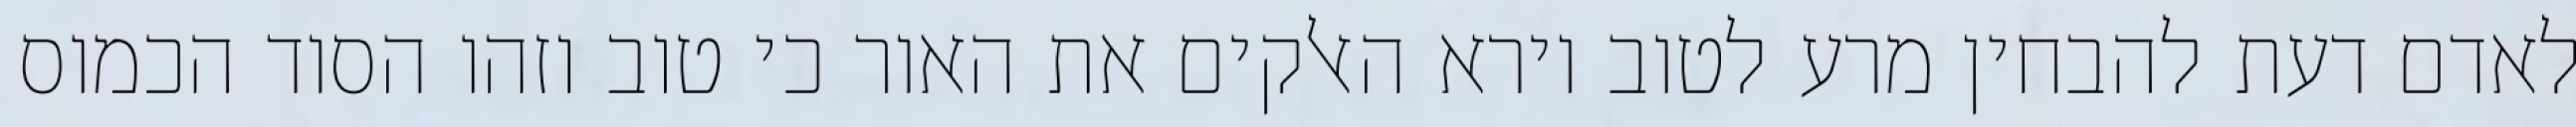
לאדם דעת להבחין מרע לטוב וירא האלקים את האור כי טוב וזהו הסוד הכמוס